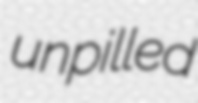
unpilled